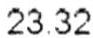
23.32